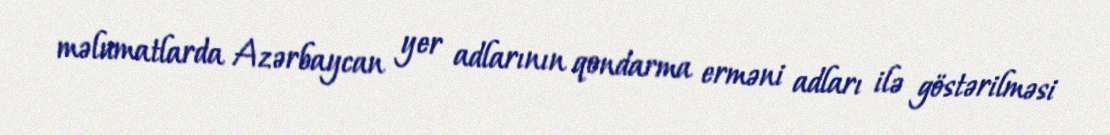
məlumatlarda Azərbaycan yer adlarının qondarma erməni adları ilə göstərilməsi